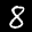
Label: 8